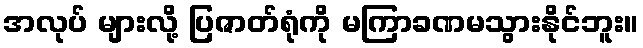
အလုပ် များလို့ ပြဇာတ်ရုံကို မကြာခဏမသွားနိုင်ဘူး။